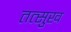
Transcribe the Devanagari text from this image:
तत्सुख